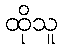
ထိုသူ